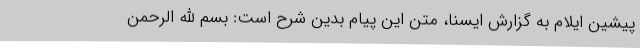
پیشین ایلام به گزارش ایسنا، متن این پیام بدین شرح است: بسم الله الرحمن